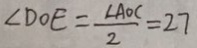
\angle D O E = \frac { \angle A O C } { 2 } = 2 7